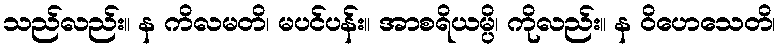
သည်လည်း။ န ကိလမတိ၊ မပင်ပန်း။ အာစရိယမ္ပိ၊ ကိုလည်း။ န ဝိဟေသေတိ၊